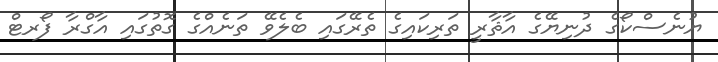
ޔުނެސްކޯގެ ދުނިޔޭގެ އާޘާރީ ތަރިކައިގެ ތެރޭގައި ބެލެވޭ ތަނެއްގެ ގޮތުގައި އާގްރާ ފޯރޓް